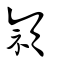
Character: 頴